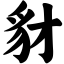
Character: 豺